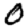
Digit: 0